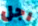
رجل